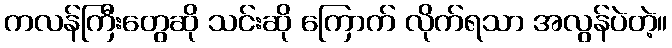
ကလန်ကြီးတွေဆို သင်းဆို ကြောက် လိုက်ရသာ အလွန်ပဲတဲ့။